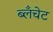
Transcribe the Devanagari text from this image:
ब्लॅंचेट